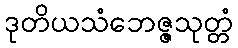
ဒုတိယသံဘေဇ္ဇသုတ္တံ